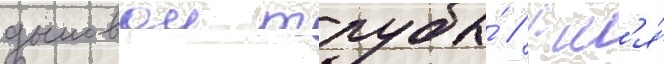
дымовои трубы́ // Дл'я́